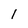
Character: 1